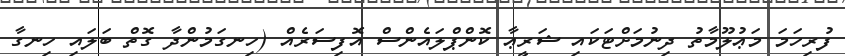
ފުރިހަމަ މަޢުލޫމާތު ދިނުމަށްޓަކައި ޝަރީޢާ ކޮންޕްލައެންސް އޮފިސަރެއް (ހިނގަމުންދާ ގޮތް ބަލައި ހިނގާ